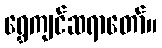
ရွှေကျင်ဆရာတော်။